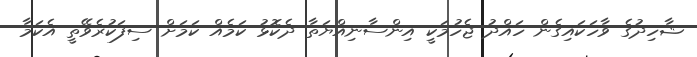
ޝާހިދުގެ ވާހަކައިގެން ހައްދު ޖެހުމަކީ އިންސާނިއްޔަތާ ދެކޮޅު ކަމެއް ކަމަށް ސިފަކުރެވޭތީ އެކަމާ